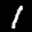
Label: 1